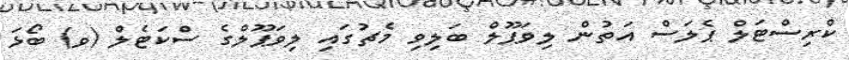
ކްރިސްޓަލް ޕެލަސް އަތުން ލިވަޕޫލް ބަލިވި މެޗުގައި ލިވަޕޫލްގެ ސްކަޓެލް (ވ) ބޯޅަ